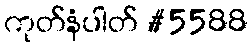
ကုတ်နံပါတ် #5588